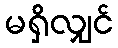
မရှိလျှင်